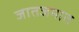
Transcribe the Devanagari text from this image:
जातजमात